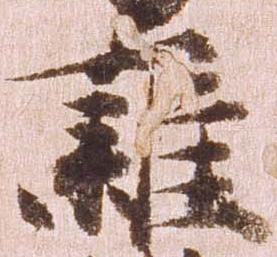
雑